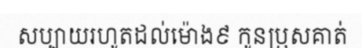
សប្បាយរហូតដល់ម៉ោង៩ កូនប្រុសគាត់